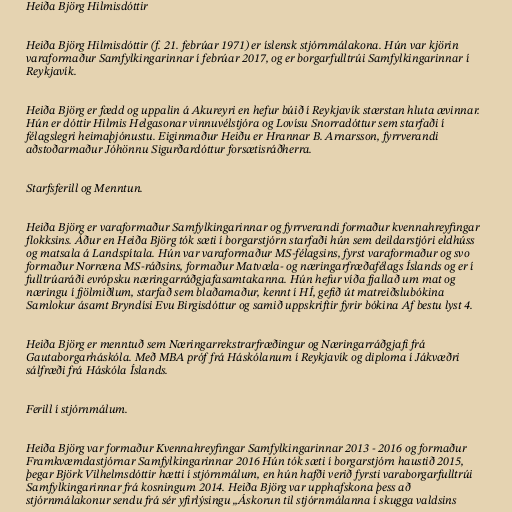
Heiða Björg Hilmisdóttir

Heiða Björg Hilmisdóttir (f. 21. febrúar 1971) er íslensk stjórnmálakona. Hún var kjörin
varaformaður Samfylkingarinnar í febrúar 2017, og er borgarfulltrúi Samfylkingarinnar í
Reykjavík.

Heiða Björg er fædd og uppalin á Akureyri en hefur búið í Reykjavík stærstan hluta ævinnar.
Hún er dóttir Hilmis Helgasonar vinnuvélstjóra og Lovísu Snorradóttur sem starfaði í
félagslegri heimaþjónustu. Eiginmaður Heiðu er Hrannar B. Arnarsson, fyrrverandi
aðstoðarmaður Jóhönnu Sigurðardóttur forsætisráðherra.

Starfsferill og Menntun.

Heiða Björg er varaformaður Samfylkingarinnar og fyrrverandi formaður kvennahreyfingar
flokksins. Áður en Heiða Björg tók sæti í borgarstjórn starfaði hún sem deildarstjóri eldhúss
og matsala á Landspítala. Hún var varaformaður MS-félagsins, fyrst varaformaður og svo
formaður Norræna MS-ráðsins, formaður Matvæla- og næringarfræðafélags Íslands og er í
fulltrúaráði evrópsku næringarráðgjafasamtakanna. Hún hefur víða fjallað um mat og
næringu í fjölmiðlum, starfað sem blaðamaður, kennt í HÍ, gefið út matreiðslubókina
Samlokur ásamt Bryndísi Evu Birgisdóttur og samið uppskriftir fyrir bókina Af bestu lyst 4.

Heiða Björg er menntuð sem Næringarrekstrarfræðingur og Næringarráðgjafi frá
Gautaborgarháskóla. Með MBA próf frá Háskólanum í Reykjavík og diploma í Jákvæðri
sálfræði frá Háskóla Íslands.

Ferill í stjórnmálum.

Heiða Björg var formaður Kvennahreyfingar Samfylkingarinnar 2013 - 2016 og formaður
Framkvæmdastjórnar Samfylkingarinnar 2016 Hún tók sæti í borgarstjórn haustið 2015,
þegar Björk Vilhelmsdóttir hætti í stjórnmálum, en hún hafði verið fyrsti varaborgarfulltrúi
Samfylkingarinnar frá kosningum 2014. Heiða Björg var upphafskona þess að
stjórnmálakonur sendu frá sér yfirlýsingu „Áskorun til stjórnmálanna í skugga valdsins